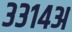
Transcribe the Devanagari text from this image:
३३१४अ